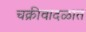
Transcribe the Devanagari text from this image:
चक्रीवादळात